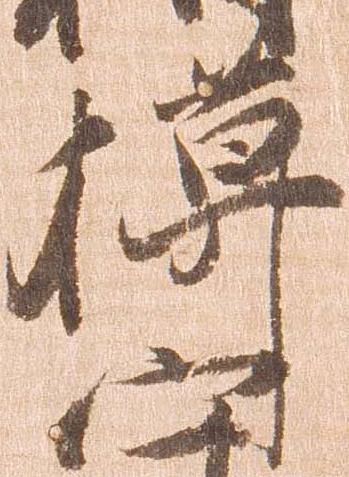
模